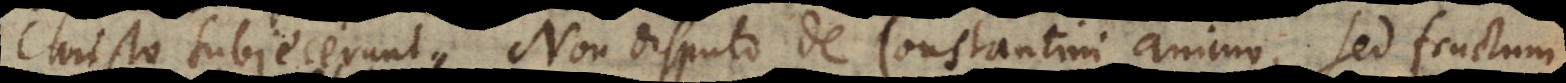
Christo subjecerunt. Non disputo de Constantini animo, sed fructum